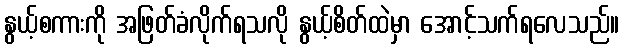
နွယ့်စကားကို အဖြတ်ခံလိုက်ရသလို နွယ့်စိတ်ထဲမှာ အောင့်သက်ရလေသည်။